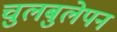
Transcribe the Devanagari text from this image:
चुलबुलेपन